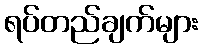
ရပ်တည်ချက်များ